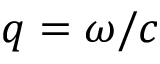
q = \omega / c